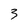
Character: 3